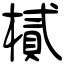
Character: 樲